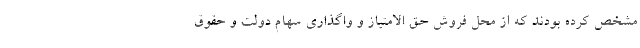
مشخص کرده بودند که از محل فروش حق الامتیاز و واگذاری سهام دولت و حقوق